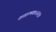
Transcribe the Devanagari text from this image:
शतात्मकः॥३१॥